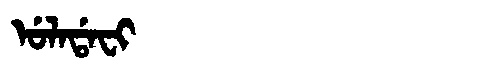
Manchu: ᡠᠯᠠᡩᠠᠸᡳ
Romanization: ULADAFI